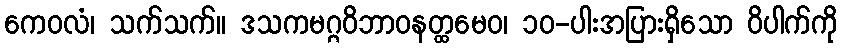
ကေဝလံ၊ သက်သက်။ ဒသကမဂ္ဂဝိဘာဝနတ္ထမေဝ၊ ၁၀-ပါးအပြားရှိသော ဝိပါက်ကို